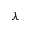
\lambda